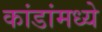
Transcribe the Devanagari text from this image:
कांडांमध्ये